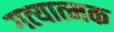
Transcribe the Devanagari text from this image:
गत्‍यात्‍मक